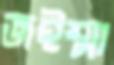
জইম্মা